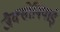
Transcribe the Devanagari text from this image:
जैक्सोनियाई